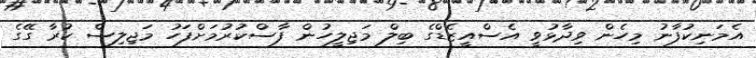
އެމަނިކުފާނު މިހެން ވިދާޅުވީ އެސްއީޒެޑްގެ ބިލް މަޖިލީހުން ފާސްކުރުމަށްފަހު މަޖިލިސް ކުރާ ގޭގެ